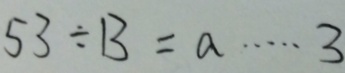
5 3 \div B = a \cdots 3